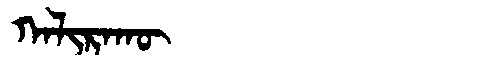
Manchu: ᡴᠠᠯᡳᡵᠠᡴᡡ
Romanization: KALIRAKŪ